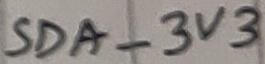
Text: SDA_3V3